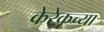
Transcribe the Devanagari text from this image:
केरेकूच्या